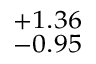
_ { - 0 . 9 5 } ^ { + 1 . 3 6 }